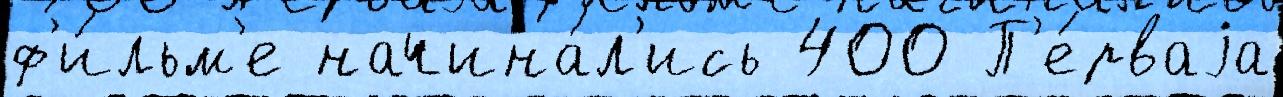
ф'и́льм'е начина́л'ись 400 П'е́рваjа